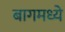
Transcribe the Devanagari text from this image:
बागमध्ये